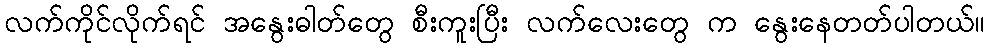
လက်ကိုင်လိုက်ရင် အနွေးဓါတ်တွေ စီးကူးပြီး လက်လေးတွေ က နွေးနေတတ်ပါတယ်။